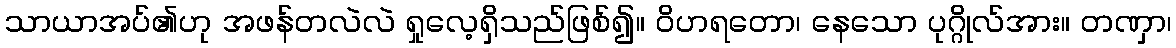
သာယာအပ်၏ဟု အဖန်တလဲလဲ ရှုလေ့ရှိသည်ဖြစ်၍။ ဝိဟရတော၊ နေသော ပုဂ္ဂိုလ်အား။ တဏှာ၊